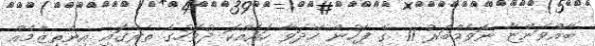
ބާއްވަންޏާ ނޮވެމްބަރު 11 ގެ ފަހުން ހޭދަވާ ހައެއްކަ ދުވަހުގެ ތެރޭގައި އިންތިޒާމެއް